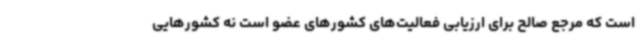
است که مرجع صالح برای ارزیابی فعالیت‌های کشورهای عضو است نه کشورهایی